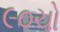
૯૦ચો